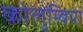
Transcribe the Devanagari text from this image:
कोलुम्बिया